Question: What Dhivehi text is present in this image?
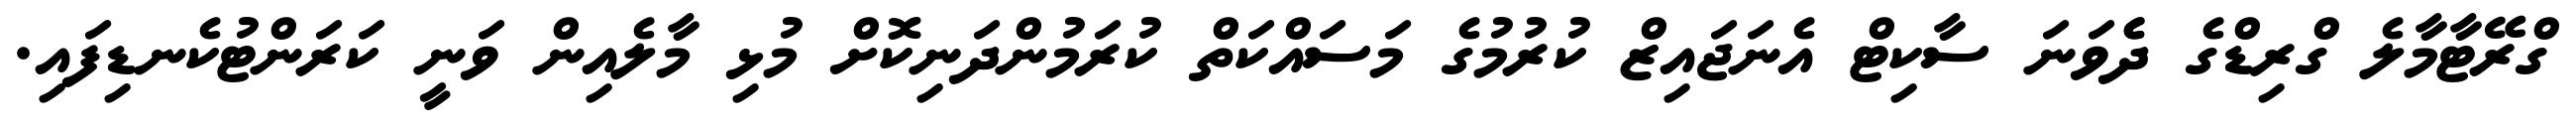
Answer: ގްރޭޓާމާލެ ގްރިޑްގެ ދެެވަނަ ސާކިޓް އެނަޖައިޒް ކުރުމުގެ މަސައްކަތް ކުރަމުންދަނިކޮށް މުޅި މާލެއިން ވަނީ ކަރަންޓުކެނޑިފައި.